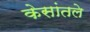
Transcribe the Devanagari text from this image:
केसांतले